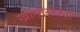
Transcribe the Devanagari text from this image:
खानोलंकार